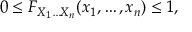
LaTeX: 0 \leq F _ { X _ { 1 } \ldots X _ { n } } ( x _ { 1 } , \ldots , x _ { n } ) \leq 1 ,